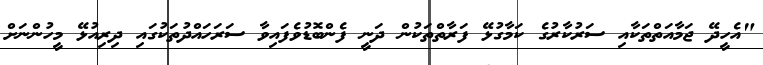
"އެހީދޭ ޖަމާއަތްތަކާއި ސަރުކާރުގެ ކަމާގުޅޭ ފަރާތްތަކުން ދަނީ ފެންބޮޑުވެފައިވާ ސަރަހައްދުތަކުގައި ދިރިއުޅޭ މީހުންނަށް